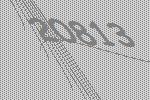
20813